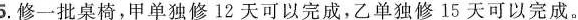
5.修一批桌椅，甲单独修12天可以完成，乙单独修15天可以完成。